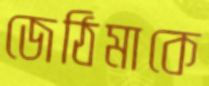
জেঠিমাকে